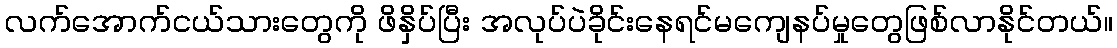
လက်အောက်ငယ်သားတွေကို ဖိနှိပ်ပြီး အလုပ်ပဲခိုင်းနေရင်မကျေနပ်မှုတွေဖြစ်လာနိုင်တယ်။